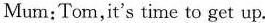
Mum: Tom,it's time to get up.